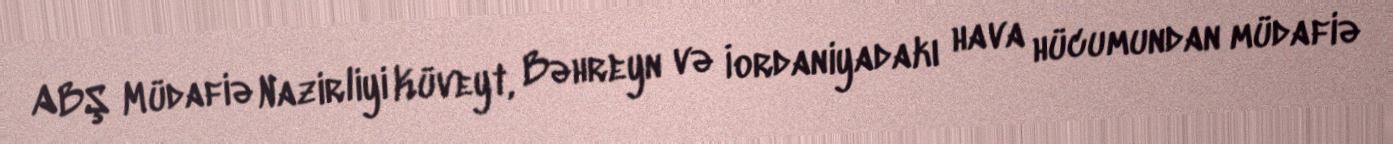
ABŞ Müdafiə Nazirliyi Küveyt, Bəhreyn və İordaniyadakı hava hücumundan müdafiə